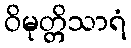
ဝိမုတ္တိသာရံ